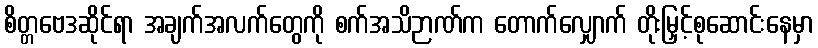
စိတ္တဗေဒဆိုင်ရာ အချက်အလက်တွေကို စက်အသိဉာဏ်က တောက်လျှောက် တိုးမြှင့်စုဆောင်းနေမှာ